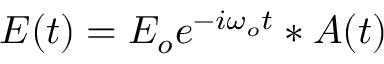
E ( t ) = E _ { o } e ^ { - i \omega _ { o } t } * A ( t )